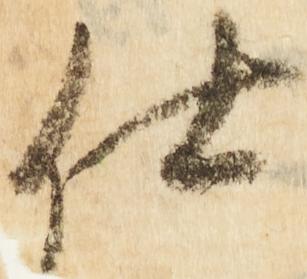
仕